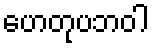
ဟေတုပဘဝါ